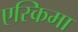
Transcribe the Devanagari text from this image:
एस्किमा